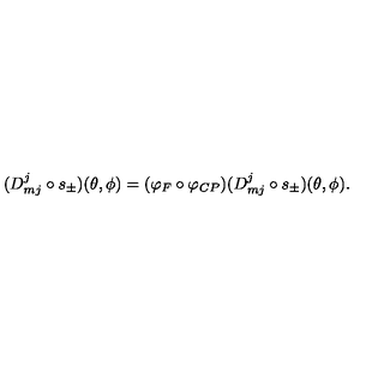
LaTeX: ( D _ { m j } ^ { j } \circ s _ { \pm } ) ( \theta , \phi ) = ( \varphi _ { F } \circ \varphi _ { C P } ) ( D _ { m j } ^ { j } \circ s _ { \pm } ) ( \theta , \phi ) .